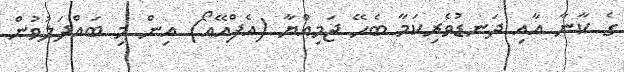
ގެ ކާނާ އާއި ދަނޑުވެރިކަމާ ބެހޭ ޖަމިއްޔާ (އެފްއޭއޯ) އިން މި ބައްދަލުވުން